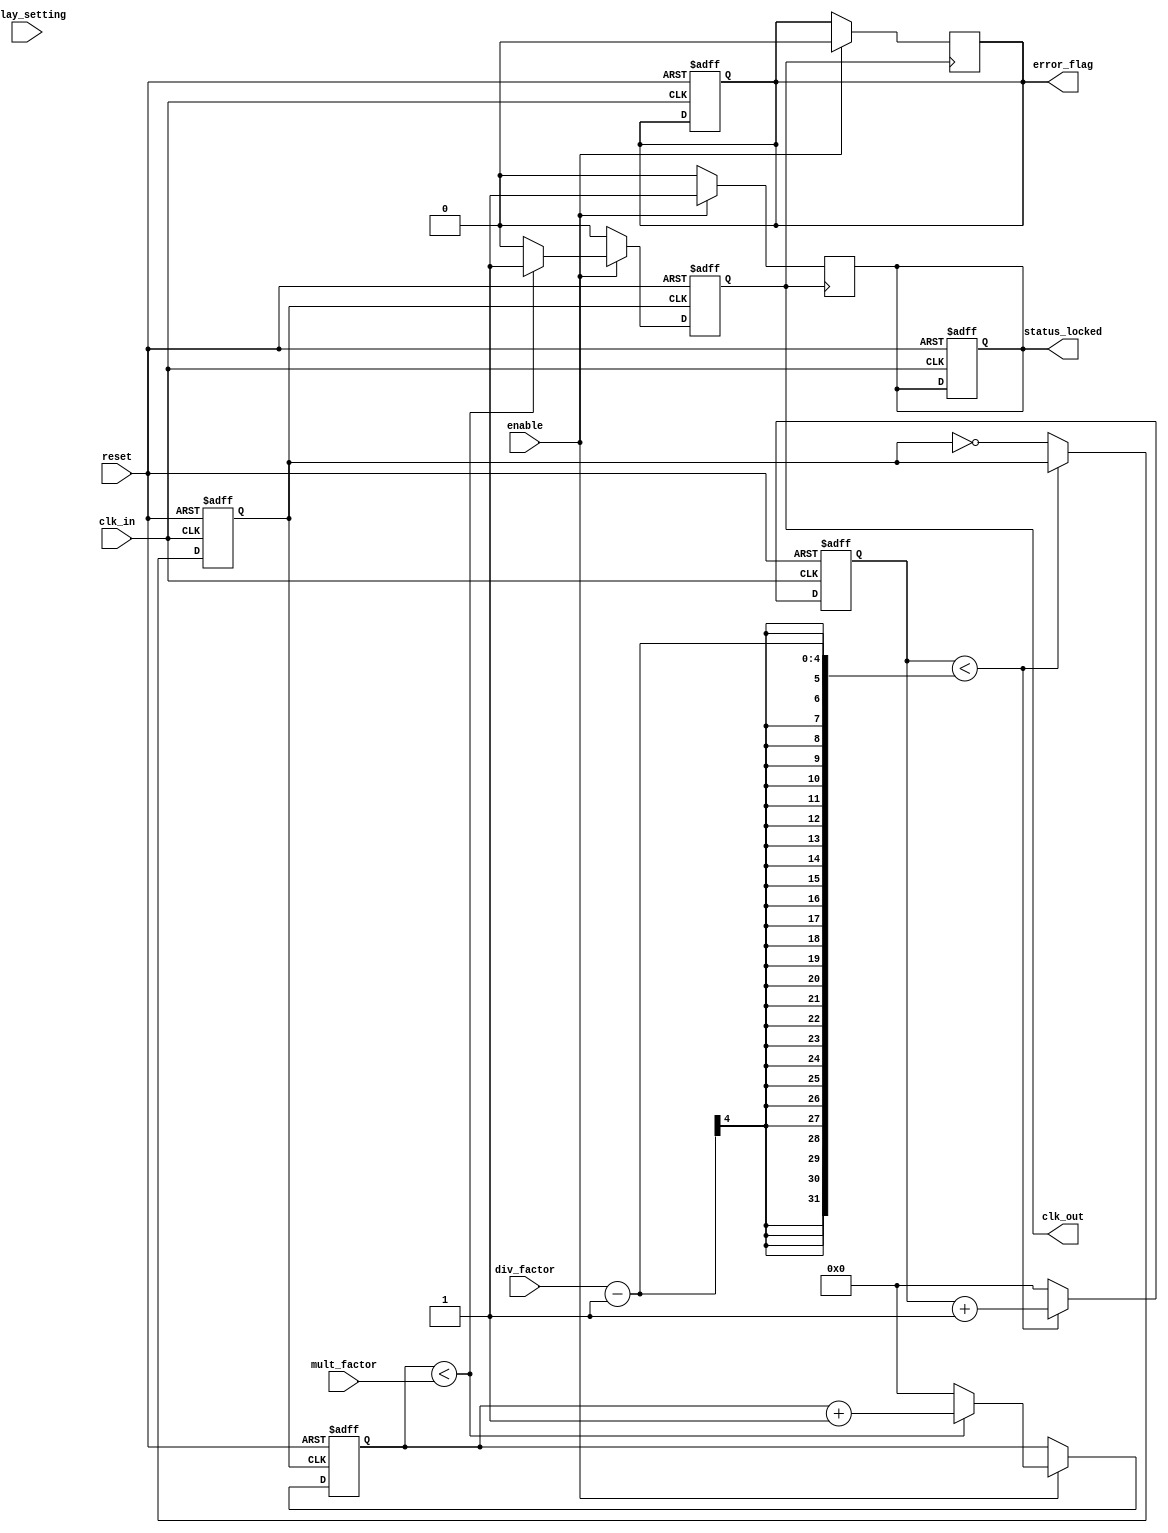
module ProgrammableClockBuffer (
    input wire clk_in,                // Primary clock input
    input wire [3:0] div_factor,      // Division factor for clock output
    input wire [3:0] mult_factor,     // Multiplication factor for clock output
    input wire [3:0] delay_setting,    // Delay setting for clock output
    input wire enable,                 // Enable signal for clock output
    input wire reset,                  // Reset signal
    output reg clk_out,                // Clock output
    output reg status_locked,          // Status indicator for locked state
    output reg error_flag              // Error flag for operation
);

    reg [31:0] counter;                // Counter for clock division/multiplication
    reg [31:0] delay_counter;          // Counter for delay control
    reg clk_div;                       // Divided clock signal

    // Clock Generation Logic
    always @(posedge clk_in or posedge reset) begin
        if (reset) begin
            counter <= 0;
            clk_div <= 0;
            status_locked <= 0;
            error_flag <= 0;
        end else begin
            // Clock division
            if (counter < (div_factor - 1)) begin
                counter <= counter + 1;
            end else begin
                counter <= 0;
                clk_div <= ~clk_div; // Toggle divided clock
            end
        end
    end

    // Clock multiplication and output control
    always @(posedge clk_div or posedge reset) begin
        if (reset) begin
            clk_out <= 0;
            delay_counter <= 0;
        end else if (enable) begin
            // Clock multiplication
            if (delay_counter < mult_factor) begin
                clk_out <= 1; // Generate a clock pulse
                delay_counter <= delay_counter + 1;
            end else begin
                clk_out <= 0; // Reset clock output after multiplication
                delay_counter <= 0; // Reset delay counter
            end
        end else begin
            clk_out <= 0; // Disable clock output when not enabled
        end
    end

    // Status and error handling
    always @(posedge clk_out) begin
        if (enable) begin
            status_locked <= 1; // Indicate that the clock is locked
            error_flag <= 0;    // Clear error flag
        end else begin
            status_locked <= 0; // Clock not locked when disabled
        end
    end

endmodule